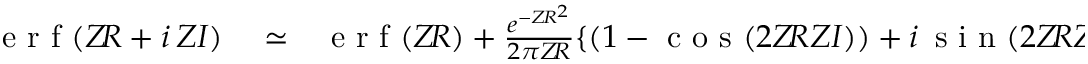
\begin{array} { r l r } { \textnormal { e r f } ( Z \! R + i \, Z I ) } & { { } \simeq } & { \textnormal { e r f } ( Z \! R ) + \frac { e ^ { - Z \! R ^ { 2 } } } { 2 \pi Z \! R } \{ ( 1 - \textnormal { c o s } ( 2 Z \! R Z I ) ) + i \, \textnormal { s i n } ( 2 Z \! R Z I ) \} + } \end{array}